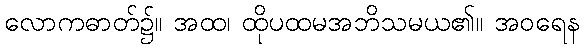
လောကဓာတ်၌။ အထ၊ ထိုပထမအဘိသမယ၏။ အဝရေန